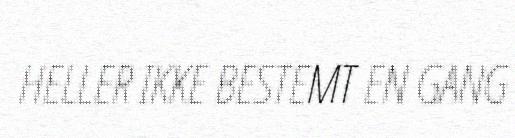
HELLER IKKE BESTEMT EN GANG